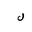
Letter: _lam